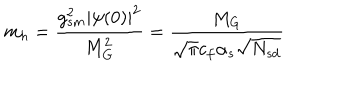
m _ { h } = \frac { g _ { s m } ^ { 2 } | \psi ( 0 ) | ^ { 2 } } { M _ { G } ^ { 2 } } = \frac { M _ { G } } { \sqrt { \pi } c _ { f } \alpha _ { s } \sqrt { N _ { s d } } }